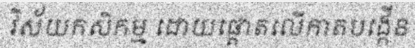
វិស័យកសិកម្ម ដោយផ្តោតលើកាតបង្កើន